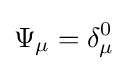
\Psi _{\mu }=\delta _{\mu }^{0}